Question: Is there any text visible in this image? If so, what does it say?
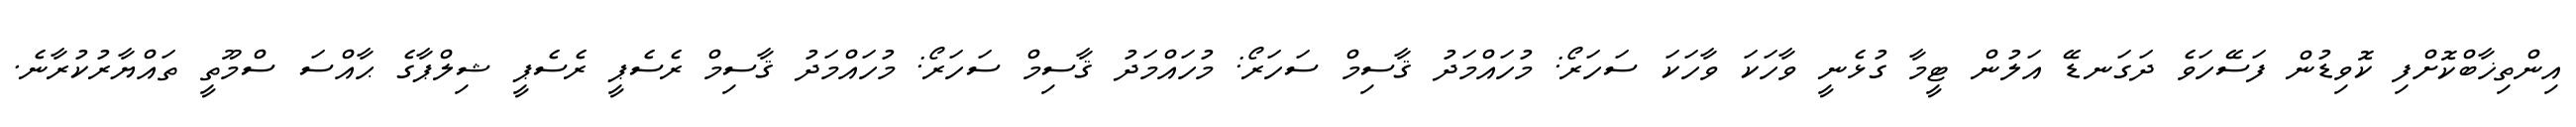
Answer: އިންތިޚާބްކޮށްފި ކޮވިޑުން ފަސޭހަވެ ދަގަނޑޭ އަލުން ޓީމާ ގުޅެނީ ވާހަކަ ވާހަކަ ސަހަރޯ: މުހައްމަދު ޤާސިމް ސަހަރޯ: މުހައްމަދު ޤާސިމް ސަހަރޯ: މުހައްމަދު ޤާސިމް ރެސެޕީ ރެސެޕީ ޝިލްޕާގެ ޙާއްސަ ސްމޫތީ ތައްޔާރުކުރާނެ.